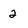
Character: 2